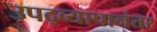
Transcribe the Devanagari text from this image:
उपद्व्यापानंतर